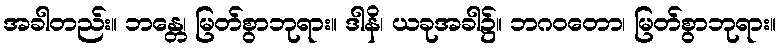
အခါတည်း။ ဘန္တေ၊ မြတ်စွာဘုရား။ ဒါနိ၊ ယခုအခါ၌။ ဘဂဝတော၊ မြတ်စွာဘုရား။